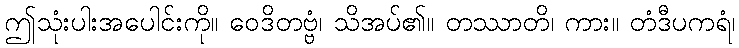
ဤသုံးပါးအပေါင်းကို။ ဝေဒိတဗ္ဗံ၊ သိအပ်၏။ တဿာတိ၊ ကား။ တံဒီပကရံ၊